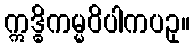
ဣဒ္ဓိကမ္မဝိပါကပဥှ။